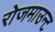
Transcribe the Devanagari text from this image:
रोजमाउन्ट